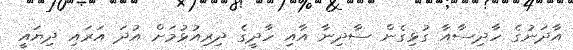
އާދަނުގެ ހާދިސާއާ ގުޅިގެން ސާދިނާ އާއި ހާދީގެ ދިރިއުޅުމަށް އުދަ އަރައި ދިޔައީ